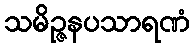
သမိဉ္ဇနပသာရဏံ